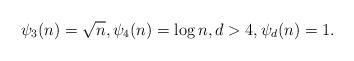
LaTeX: \begin{align*}\psi_3(n)= \sqrt{ n},\psi_4(n)= \log n,d>4,\psi_d(n)=1.\end{align*}